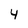
Character: 4